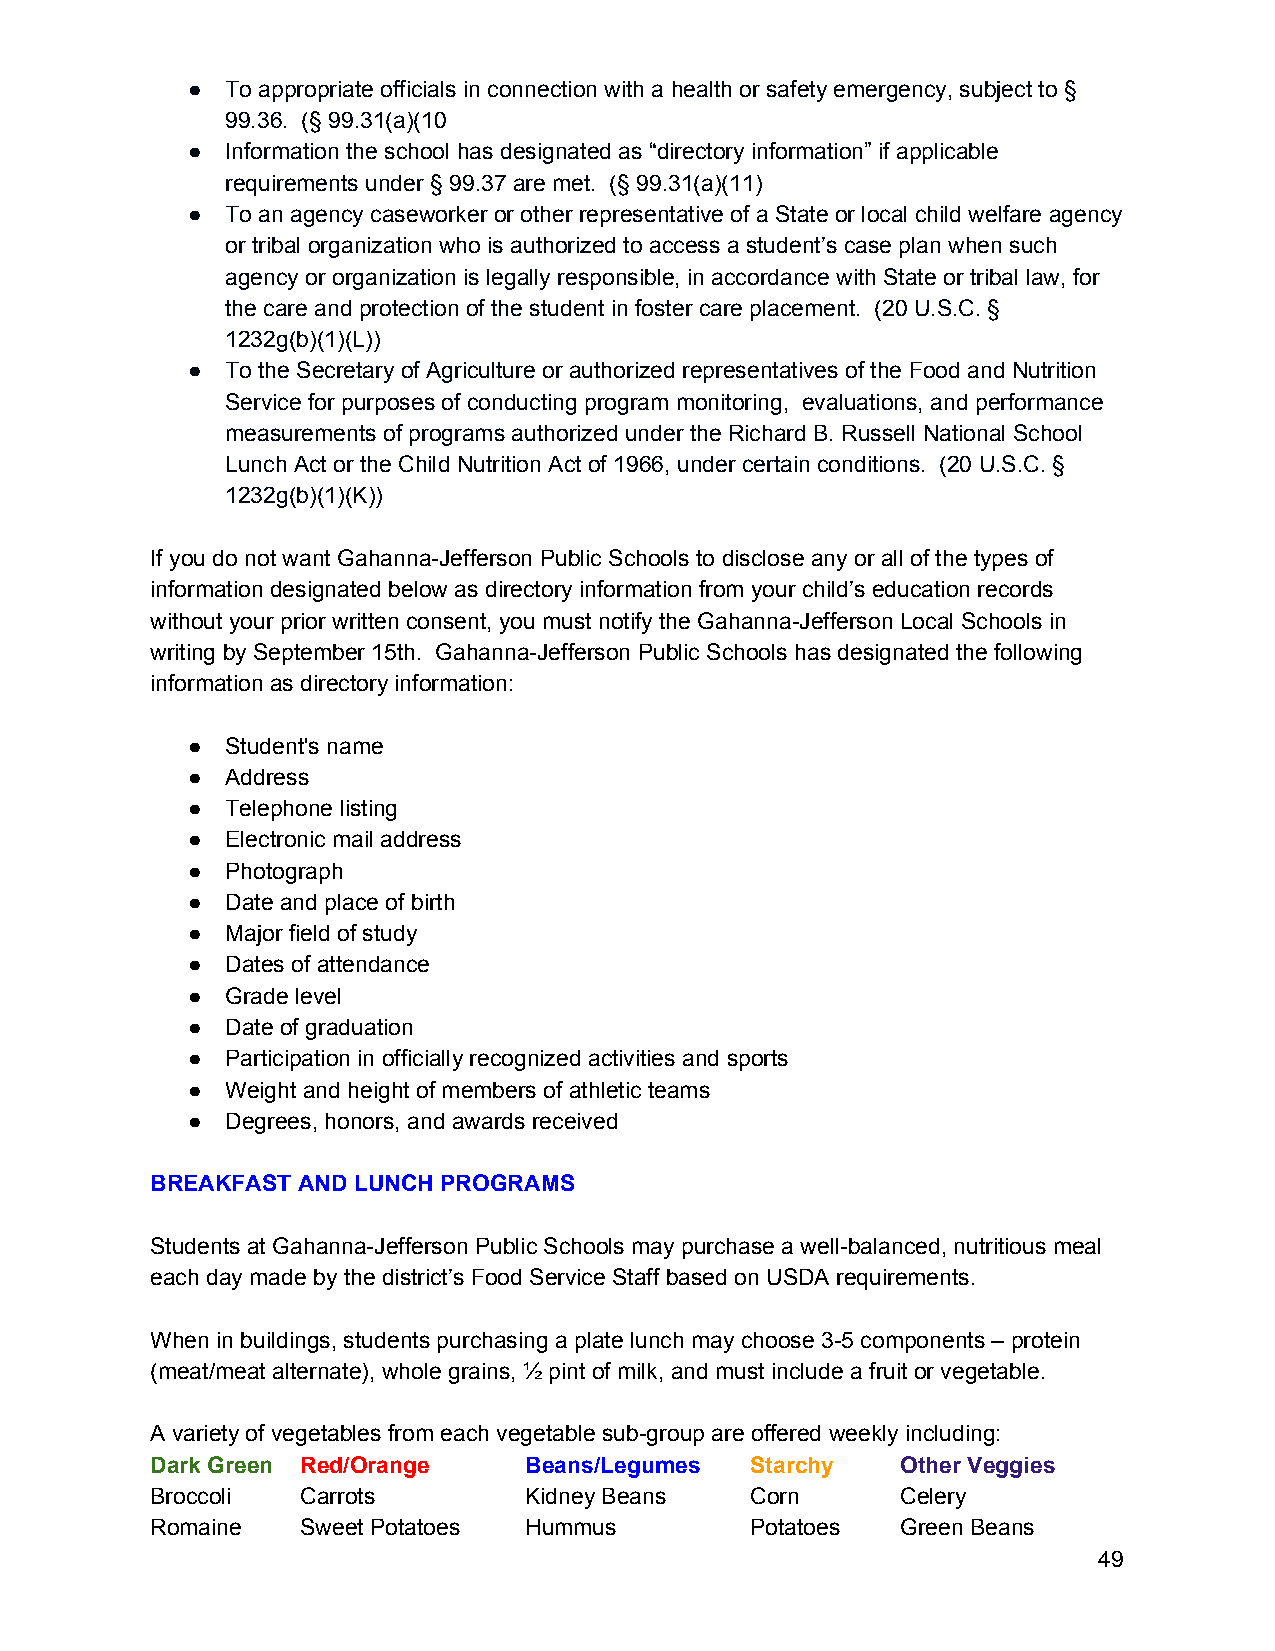
●  To appropriate officials in connection with a health or safety emergency, subject to §
 99.36. (§ 99.31(a)(10
 ●  Information the school has designated as “directory information” if applicable
 requirements under § 99.37 are met. (§ 99.31(a)(11)
 ●  To an agency caseworker or other representative of a State or local child welfare agency
 or tribal organization who is authorized to access a student’s case plan when such
 agency or organization is legally responsible, in accordance with State or tribal law, for
 the care and protection of the student in foster care placement. (20 U.S.C. §
 1232g(b)(1)(L))
 ●  To the Secretary of Agriculture or authorized representatives of the Food and Nutrition
 Service for purposes of conducting program monitoring, evaluations, and performance
 measurements of programs authorized under the Richard B. Russell National School
 Lunch Act or the Child Nutrition Act of 1966, under certain conditions. (20 U.S.C. §
 1232g(b)(1)(K))
 If you do not want Gahanna-Jefferson Public Schools to disclose any or all of the types of
 information designated below as directory information from your child’s education records
 without your prior written consent, you must notify the Gahanna-Jefferson Local Schools in
 writing by September 15th. Gahanna-Jefferson Public Schools has designated the following
 information as directory information:
 ●  Student's name
 ●  Address
 ●  Telephone listing
 ●  Electronic mail address
 ●  Photograph
 ●  Date and place of birth
 ●  Major field of study
 ●  Dates of attendance
 ●  Grade level
 ●  Date of graduation
 ●  Participation in officially recognized activities and sports
 ●  Weight and height of members of athletic teams
 ●  Degrees, honors, and awards received
 BREAKFAST AND LUNCH PROGRAMS
 Students at Gahanna-Jefferson Public Schools may purchase a well-balanced, nutritious meal
 each day made by the district’s Food Service Staff based on USDA requirements.
 When in buildings, students purchasing a plate lunch may choose 3-5 components – protein
 (meat/meat alternate), whole grains, ½ pint of milk, and must include a fruit or vegetable.
 A variety of vegetables from each vegetable sub-group are offered weekly including:
 Dark Green Red/Orange    Beans/Legumes  Starchy   Other Veggies
 Broccoli  Carrots        Kidney Beans   Corn      Celery
 Romaine   Sweet Potatoes Hummus         Potatoes  Green Beans
 49